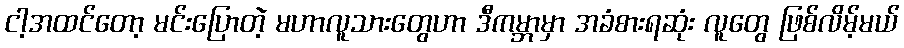
ငါ့အထင်တော့ မင်းပြောတဲ့ မဟာလူသားတွေဟာ ဒီကမ္ဘာမှာ အခံစားရဆုံး လူတွေ ဖြစ်လိမ့်မယ်